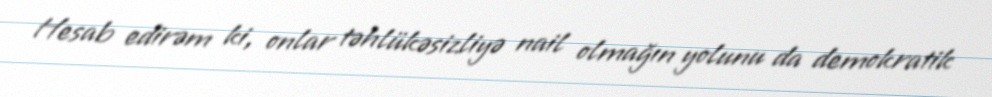
Hesab edirəm ki, onlar təhlükəsizliyə nail olmağın yolunu da demokratik